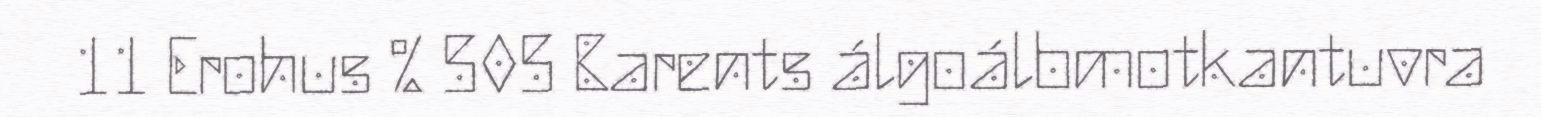
11 Erohus % 505 Barents álgoálbmotkantuvra